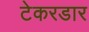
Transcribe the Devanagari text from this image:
टेकरडार